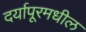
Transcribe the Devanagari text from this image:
दर्यापूरमधील